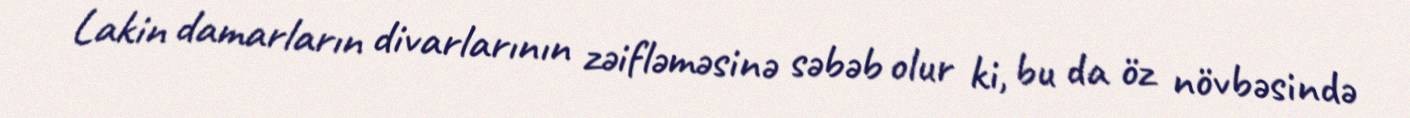
Lakin damarların divarlarının zəifləməsinə səbəb olur ki, bu da öz növbəsində